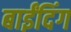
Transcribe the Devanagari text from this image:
बाईंदिंग